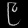
Digit: ၉